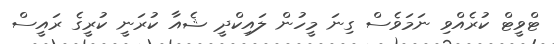
ޓްވީޓް ކުރެއްވި ނަމަވެސް ގިނަ މީހުން ލައިކްދީ ޝެއާ ކުރަނީ ކުރީގެ ރައީސް